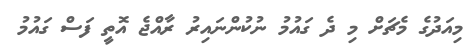
މިއަދުގެ މެޗަށް މި ދެ ގައުމު ނުކުންނައިރު ރާއްޖެ އޮތީ ފަސް ގައުމު